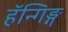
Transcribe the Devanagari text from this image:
हॅन्गिङ्ग